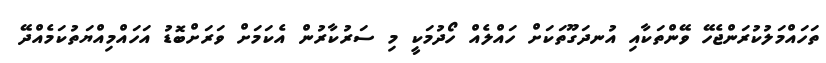
ތަހައްމަލުކުރަންޖެހޭ ވޭންތަކާއި އުނދަގޫތަކަށް ހައްލެއް ހޯދުމަކީ މި ސަރުކާރުން އެކަމަށް ވަރަށްބޮޑު އަހައްމިއްޔަތުކަމެއްދޭ